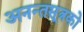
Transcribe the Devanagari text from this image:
अनन्तसूत्रको